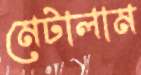
মেটালাম